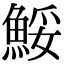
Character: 鮾